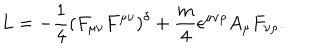
LaTeX: L = - \frac { 1 } { 4 } ( F _ { \mu \nu } F ^ { \mu \nu } ) ^ { \delta } + \frac { m } { 4 } \epsilon ^ { \mu \nu \rho } A _ { \mu } F _ { \nu \rho } .